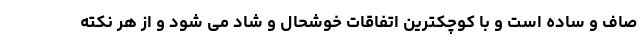
صاف و ساده است و با کوچکترین اتفاقات خوشحال و شاد می شود و از هر نکته